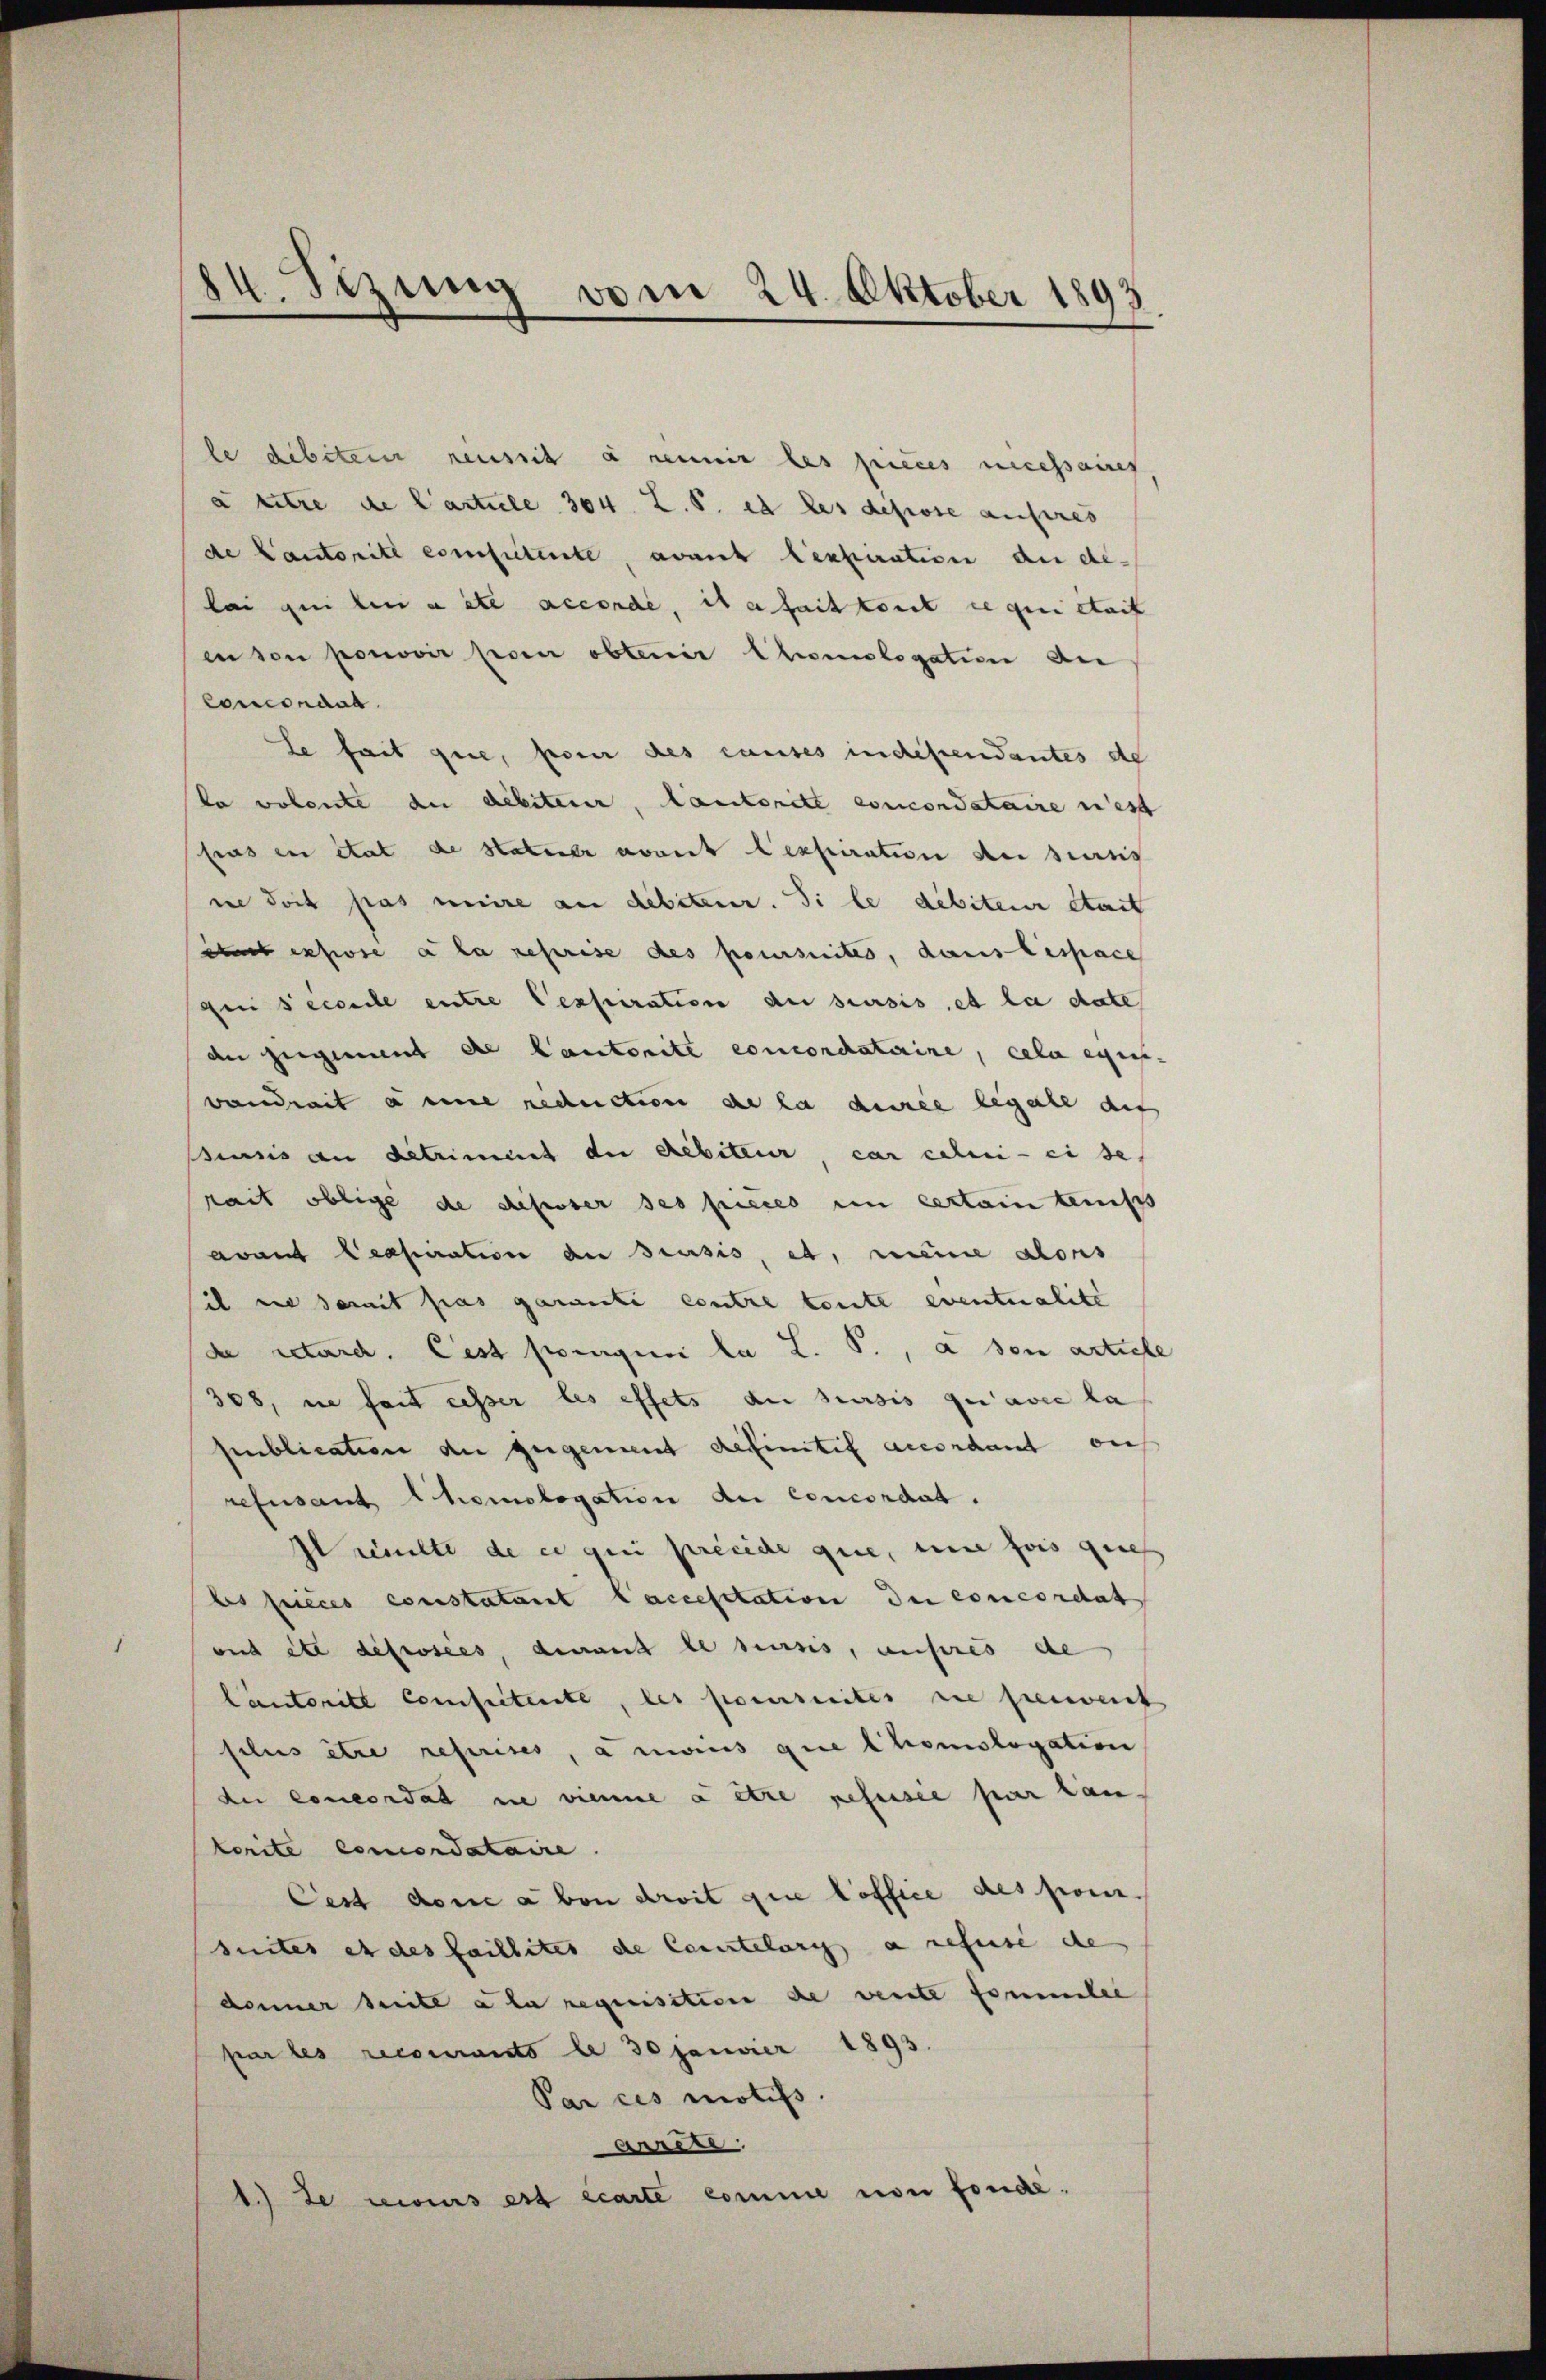
84. Sezung vom 24. Oktober 1893.

le debitem neusich à renir les pieces necessaires
à titre de Carticle 304. Z. B. et les depose anferes
de Cantonité competente, avant lexpiration an delai qui lui aite accordé, et a fait tout ce qui staif
en son pouvoir poen obtenir Chomologation der
Coronaue
le fait que, pour des causes indescendantes de
da volente du débiterer, lautorite concordataire in est
sus en état de statener avait lexpiration an Haus
ne doch pas unire an debiteur. Si le debiteur étant
et expose a la reprise des poursuites, dans bespace
gei decenile entre Gespiration du sursis, et le date
de gegenant de Cantonite concordaterine, cela exis
wandzeit a eine reduction de la dere legale des
siasis an betriment der Rebiteur, car celui - eise,
rait oblige de desser des pieces en certain teniss
avant Ceapiration an Brusis, et, meine alors
il und damit fas garanti contre toute eventualite
de retard. Cest poenquoi la L. P., à son article
308, ne fait asser les effets die sursis qu’avec la
publication der gegement definitif accordant auf
refusant Chomologation der Concordat.
Iinelte de er geei precede que, eine fois ques
bs pieces constatant laccesstation der concordat
und ite dessees, deraus de resis, unsres de
Cautorité competente, des poursuites sie freuenk
folus être reprises, à moins que Chomologation
du concordat nie vienne à être refusée par lan
korite concordataire.
Cest done aben droit que loffice des pour
suites et des faillites de Cartelung a refuse de
denner Seite a la requisition de vente familie
par les recourants le 30 Janvier 1893
Par ces motifs.
Anners
1.) Je meines est écarte comme von fonde